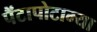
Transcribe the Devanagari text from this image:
पैंटापोटाम्या